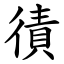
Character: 㣱